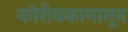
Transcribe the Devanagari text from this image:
कोरीवकामातून